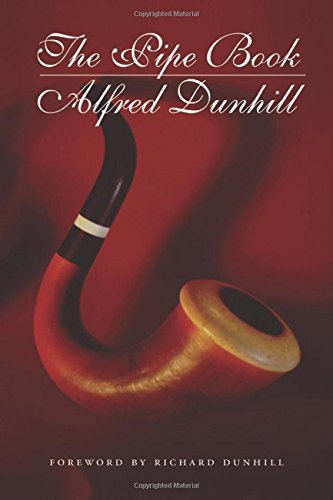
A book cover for The Pipe Book; Alfred Dunhill; Humor & Entertainment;